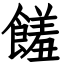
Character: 饈